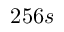
2 5 6 s